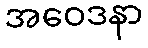
အဝေဒနာ